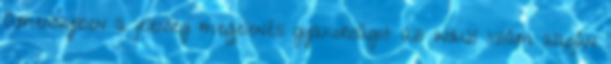
Amennyiben a jelenlegi megjelenési gyakoriságot az induló szám alapján